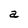
Character: a